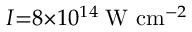
I { = } 8 { \times } 1 0 ^ { 1 4 } \; \mathrm { W } \ \mathrm { c m } ^ { - 2 }